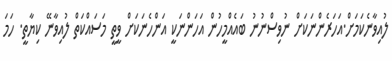
ލުއިވާނެކަމަށް.އަހަރެންނަކަށް ނުވިސްނުނު ބައެއްމީހުން އަހަންނަކީ އަންހެނަކަށް ވީތީ މަސައްކަތް ލުއިވާނޭ ކިޔާތީ. ހަމަ